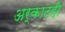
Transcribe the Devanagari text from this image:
अर्काटही